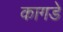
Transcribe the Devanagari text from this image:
कागडे